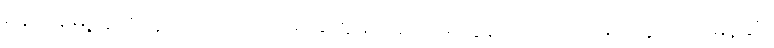
ရန်ကုန်မြို့တွင်း လူစည်ကားရာနေရာတွေမှာ အတင့်ရဲလွန်းတဲ့ လုယက်မှုတွေကို အမြန်ဆုံး